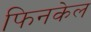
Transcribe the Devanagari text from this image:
फिनकेल